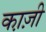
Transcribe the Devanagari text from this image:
का़ज़ी